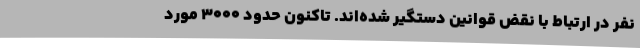
نفر در ارتباط با نقض قوانین دستگیر شده‌اند. تاکنون حدود 3000 مورد